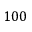
1 0 0